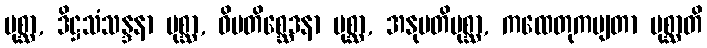
ပုစ္ဆာ, ဒိဋ္ဌသံသန္ဒနာ ပုစ္ဆာ, ဝိမတိစ္ဆေဒနာ ပုစ္ဆာ, အနုမတိပုစ္ဆာ, ကထေတုကမျတာ ပုစ္ဆာတိ